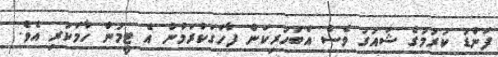
ފަންޑު ކުރުމުގެ ޝައުގު ވެސް އެބަހުރިކަން ފާހަގަކުރަމުން އެ ޓީމުން ހާމަކުރި އެވެ.